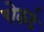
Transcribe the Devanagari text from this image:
चेकर्ड